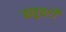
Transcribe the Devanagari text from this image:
बाहुवटीं